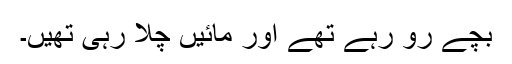
بچے رو رہے تھے اور مائیں چلا رہی تھیں۔